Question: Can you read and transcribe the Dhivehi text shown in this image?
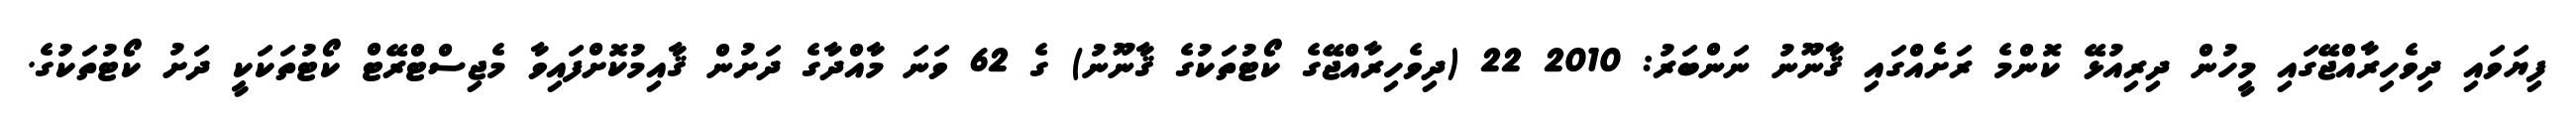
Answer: ފިޔަވައި ދިވެހިރާއްޖޭގައި މީހުން ދިރިއުޅޭ ކޮންމެ ރަށެއްގައި ޤާނޫނު ނަންބަރު: 2010 22 (ދިވެހިރާއްޖޭގެ ކޯޓުތަކުގެ ޤާނޫނު) ގެ 62 ވަނަ މާއްދާގެ ދަށުން ޤާއިމުކޮށްފައިވާ މެޖިސްޓްރޭޓް ކޯޓުތަކަކީ ދަށު ކޯޓުތަކުގެ.